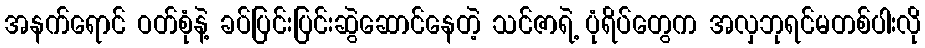
အနက်ရောင် ဝတ်စုံနဲ့ ခပ်ပြင်းပြင်းဆွဲဆောင်နေတဲ့ သင်ဇာရဲ့ ပုံရိပ်တွေက အလှဘုရင်မတစ်ပါးလို